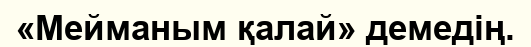
«Мейманым қалай» демедің.